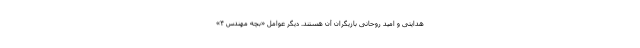
هدایتی و امید روحانی بازیگران آن هستند. دیگر عوامل «بچه مهندس ۴»